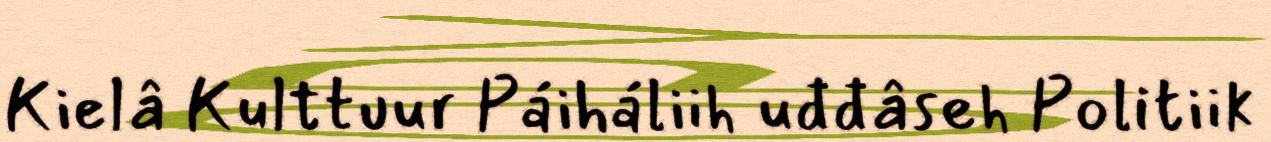
Kielâ Kulttuur Páiháliih uđđâseh Politiik